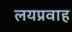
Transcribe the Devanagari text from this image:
लयप्रवाह